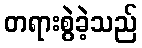
တရားစွဲခဲ့သည်